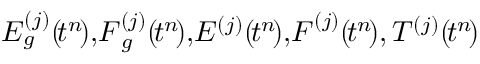
E _ { g } ^ { ( j ) } ( \! t ^ { n } \! ) , \! \boldsymbol { F } _ { g } ^ { ( j ) } ( \! t ^ { n } \! ) , \! E ^ { ( j ) } ( \! t ^ { n } \! ) , \! \boldsymbol { F } ^ { ( j ) } ( \! t ^ { n } \! ) , T ^ { ( j ) } ( \! t ^ { n } \! )